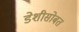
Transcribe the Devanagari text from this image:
डेशीसोबत